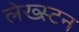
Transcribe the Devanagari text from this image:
लेख्स्टन